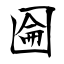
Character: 圇